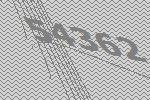
54362